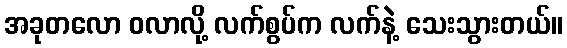
အခုတလော ဝလာလို့ လက်စွပ်က လက်နဲ့ သေးသွားတယ်။